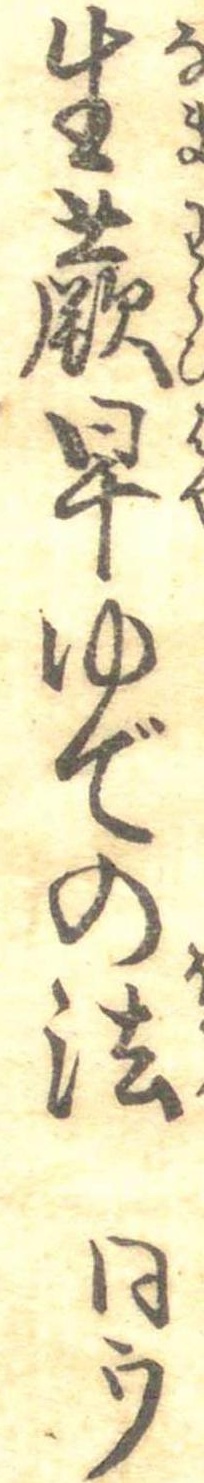
生蕨早ゆでの法同ウ